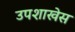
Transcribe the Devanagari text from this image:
उपशाखेस